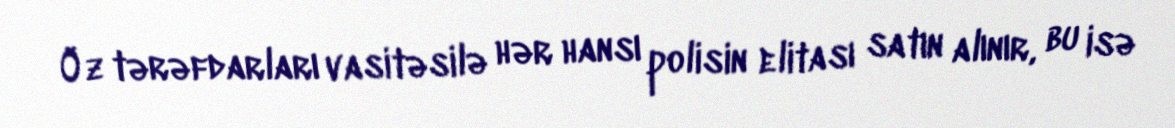
Öz tərəfdarları vasitəsilə hər hansı polisin elitası satın alınır, bu isə